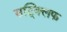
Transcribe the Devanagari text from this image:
सट्क्लिफ